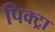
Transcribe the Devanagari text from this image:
पिक्ट्रा